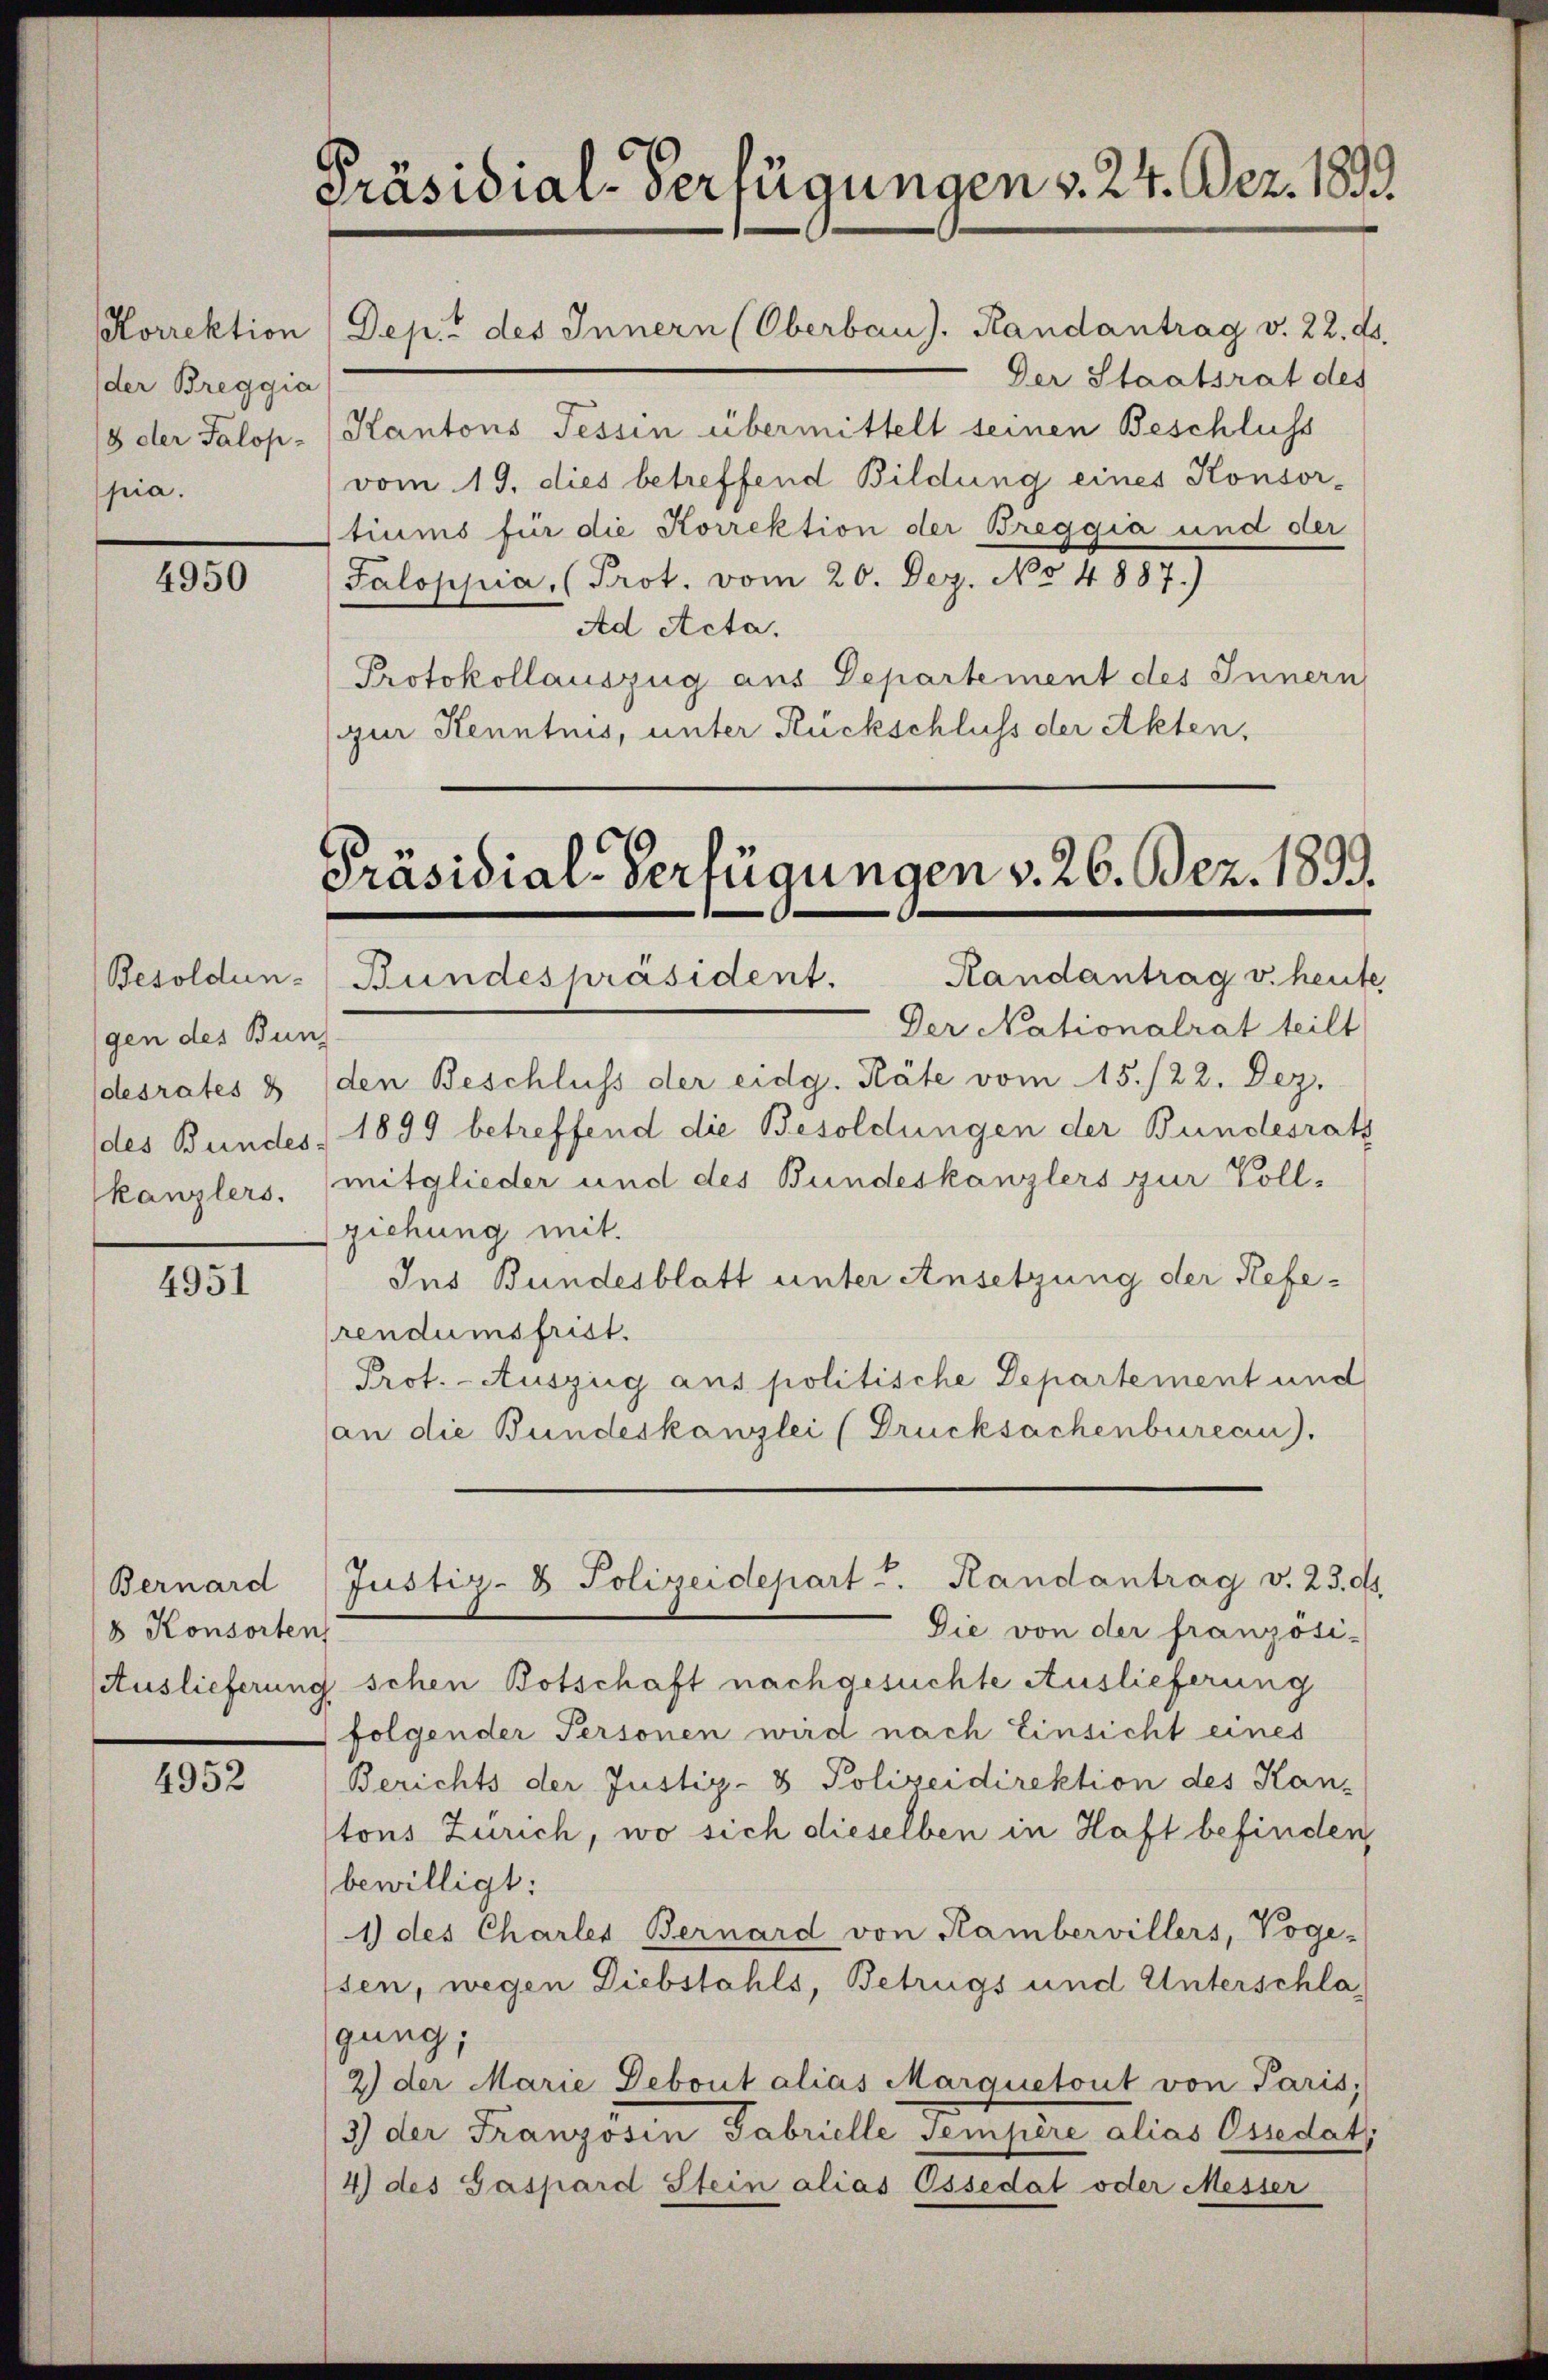
Korrektion
der Breggia
pia.

4950

gen des Bun
desrates
kanzlers.

4951

Bernard
8 Konsorten

4952

Präsidial-Verfügungen v. 24. Dez. 1833.

Präsidial-Verfügungen v. 26. Bez. 1899.

Dep. des Innern (Oberbau). Randantrag v. 22. ds.
Der Staatsrat des
8 der Palop. (Kantons Tessin übermittelt seinen Beschluss
vom 19. dies betreffend Bildung eines Konsor-
tiums für die Korrektion der Breggia und der
Jaloppia, (Prot. vom 20. Dez. No 4887.)
Ad Acta.
Protokollauszug aus Departement des Innern
(zur Kenntnis, unter Rückschluss der Akten,

Randantrag v. heute
Besoldun-Bundespräsident.
Der Nationalrat teilt
(den Beschluss der eidg. Räte vom 15./22. Dez.
des Bundes 1899 betreffend die Besoldungen der Bundesrath
mitglieder und des Bundeskanzlers zur Vollziehung mit.
Ins Bundesblatt unter Ansetzung der Referendumsfrist.
Prot. - Auszug aus politische Departement und
(an die Bundeskanzlei (Drucksachenbureau).
Die von der französi-
Auslieferung schen Botschaft nachgesuchte Auslieferung
folgender Personen wird nach Einsicht eines
Berichts der Justiz- & Polizeidirektion des Kan-
tons Zürich, wo sich dieselben in Haft befinden,
bewilligt:
1) des Charler Bernard von Kambervillers, Voge-
sen, wegen Diebstahls, Betrugs und Unterschlagung;
2) der Marie Debout alias Marquetont von Paris,
3) der Französin Fabrielle sempère alias Ostedat
4) des Gaspard Stein alias Ossedat oder Messer

Justiz- & Polizeidepart u. Randantrag v. 23. ds.